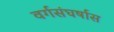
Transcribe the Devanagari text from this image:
वर्गसंघर्षास